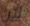
لآن